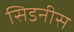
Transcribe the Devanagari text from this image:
सिडनीस